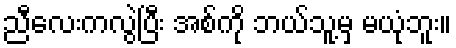
ညီလေးကလွဲပြီး အစ်ကို ဘယ်သူ့မှ မယုံဘူး။